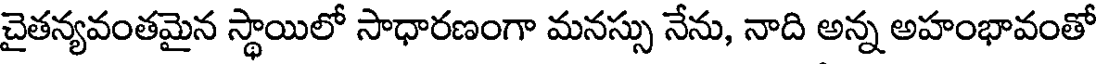
చైతన్యవంతమైన స్థాయిలో సాధారణంగా మనస్సు నేను, నాది అన్న అహంభావంతో